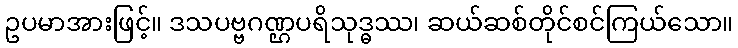
ဥပမာအားဖြင့်။ ဒသပဗ္ဗဂဏ္ဌပရိသုဒ္ဓဿ၊ ဆယ်ဆစ်တိုင်စင်ကြယ်သော။